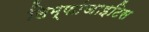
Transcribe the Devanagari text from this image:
लिम्फांजाइटिस